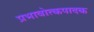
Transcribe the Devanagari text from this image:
प्रभावोत्कपादक